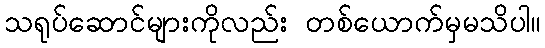
သရုပ်ဆောင်များကိုလည်း တစ်ယောက်မှမသိပါ။